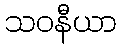
သဝနီယာ